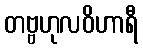
တဗ္ဗဟုလဝိဟာရီ